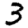
Digit: 3